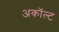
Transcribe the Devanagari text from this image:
अकॉल्ट